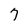
Character: 7